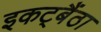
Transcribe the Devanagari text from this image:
इकट्बैंठा